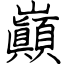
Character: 巓